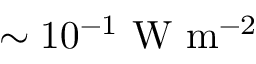
\sim 1 0 ^ { - 1 } ~ \mathrm { W ~ m ^ { - 2 } }